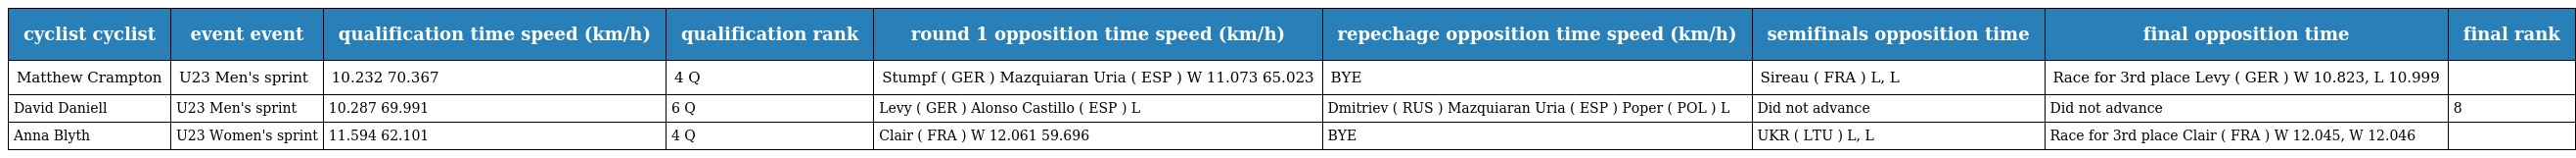
| cyclist cyclist | event event | qualification time speed (km/h) | qualification rank | round 1 opposition time speed (km/h) | repechage opposition time speed (km/h) | semifinals opposition time | final opposition time | final rank |
 | --- | --- | --- | --- | --- | --- | --- | --- | --- |
 | Matthew Crampton | U23 Men's sprint | 10.232 70.367 | 4 Q | Stumpf ( GER ) Mazquiaran Uria ( ESP ) W 11.073 65.023 | BYE | Sireau ( FRA ) L, L | Race for 3rd place Levy ( GER ) W 10.823, L 10.999 |  |
 | David Daniell | U23 Men's sprint | 10.287 69.991 | 6 Q | Levy ( GER ) Alonso Castillo ( ESP ) L | Dmitriev ( RUS ) Mazquiaran Uria ( ESP ) Poper ( POL ) L | Did not advance | Did not advance | 8 |
 | Anna Blyth | U23 Women's sprint | 11.594 62.101 | 4 Q | Clair ( FRA ) W 12.061 59.696 | BYE | UKR ( LTU ) L, L | Race for 3rd place Clair ( FRA ) W 12.045, W 12.046 |  |